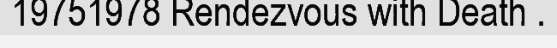
19751978 Rendezvous with Death .